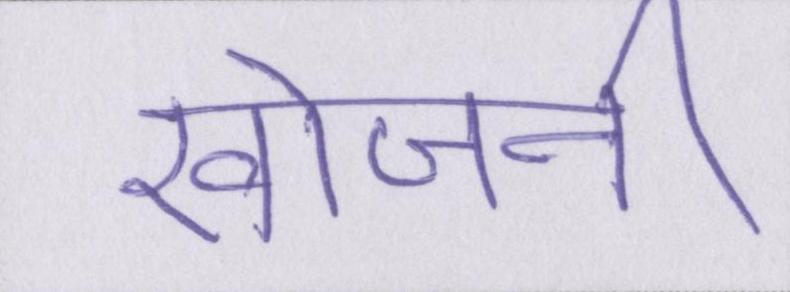
खोजनी